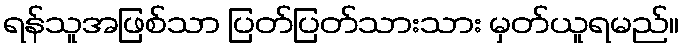
ရန်သူအဖြစ်သာ ပြတ်ပြတ်သားသား မှတ်ယူရမည်။